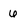
Character: 6